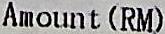
AMOUNT (RM)